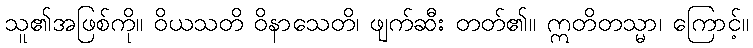
သူ၏အဖြစ်ကို။ ဝိယသတိ ဝိနာသေတိ၊ ဖျက်ဆီး တတ်၏။ ဣတိတသ္မာ၊ ကြောင့်။